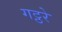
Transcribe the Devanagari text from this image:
गट्ठरे